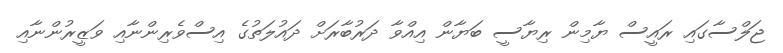
ޖަލްސާގައި ރައީސް ޔާމިން ރިޔާސީ ބަޔާން އިއްވާ ދަރުބާރަށް ދައުލަތުގެ އިސްވެރިންނާއި ވަޒީރުންނާއި